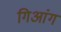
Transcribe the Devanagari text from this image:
गिआंग